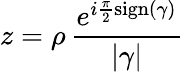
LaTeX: z=\rho\, \frac{e^{i\frac{\pi}{2}\operatorname{sign}(\gamma)}}{|\gamma|}